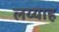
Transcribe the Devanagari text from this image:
लय्याह